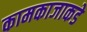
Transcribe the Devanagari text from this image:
कामकाजाकडे